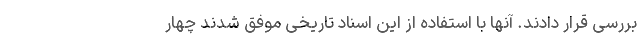
بررسی قرار دادند. آنها با استفاده از این اسناد تاریخی موفق شدند چهار